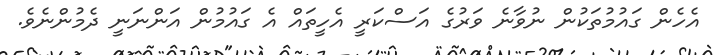
އެހެން ގައުމުތަކުން ނުވާނެ ވަރުގެ އަސްކަރީ އެހީތައް އެ ގައުމުން އަންނަނީ ދެމުންނެވެ.